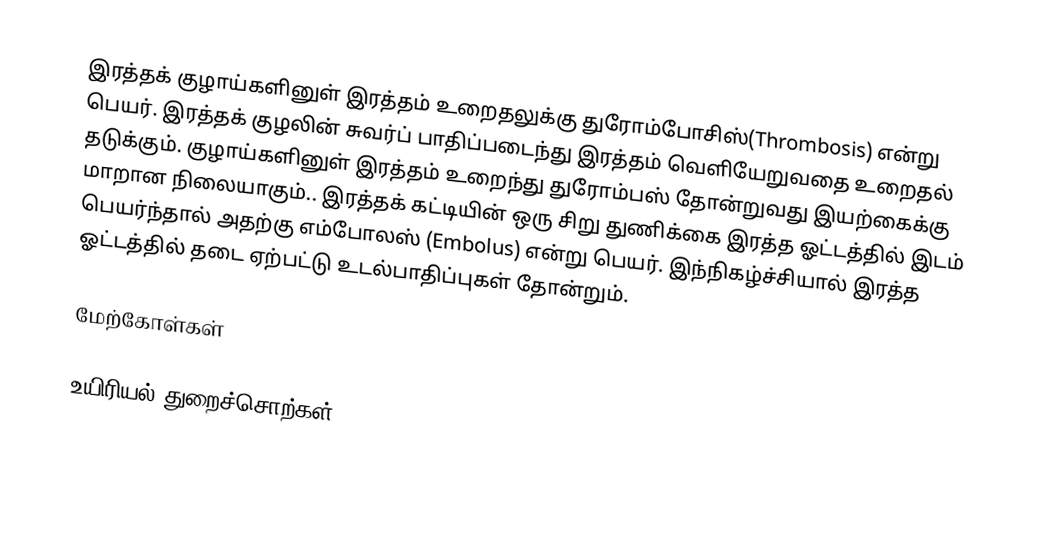
இரத்தக் குழாய்களினுள் இரத்தம் உறைதலுக்கு துரோம்போசிஸ்(Thrombosis) என்று பெயர். இரத்தக் குழலின் சுவர்ப் பாதிப்படைந்து இரத்தம் வெளியேறுவதை உறைதல் தடுக்கும். குழாய்களினுள் இரத்தம் உறைந்து துரோம்பஸ் தோன்றுவது இயற்கைக்கு மாறான நிலையாகும்.. இரத்தக் கட்டியின் ஒரு சிறு துணிக்கை இரத்த ஓட்டத்தில் இடம் பெயர்ந்தால் அதற்கு எம்போலஸ் (Embolus) என்று பெயர். இந்நிகழ்ச்சியால் இரத்த ஓட்டத்தில் தடை ஏற்பட்டு உடல்பாதிப்புகள் தோன்றும்.

மேற்கோள்கள்

உயிரியல் துறைச்சொற்கள்